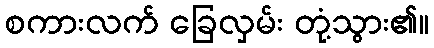
စကားလက် ခြေလှမ်း တုံ့သွား၏။